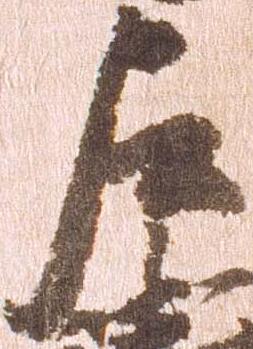
左